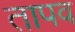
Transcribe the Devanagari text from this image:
तापव